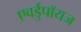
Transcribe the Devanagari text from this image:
एवर्डुपॉयज